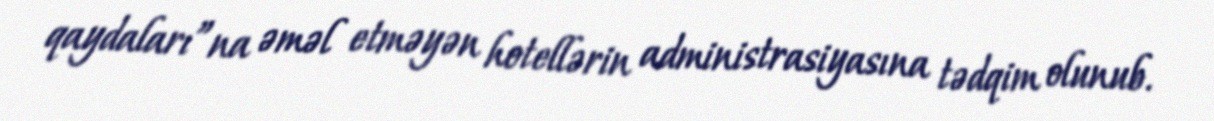
qaydaları”na əməl etməyən hotellərin administrasiyasına tədqim olunub.